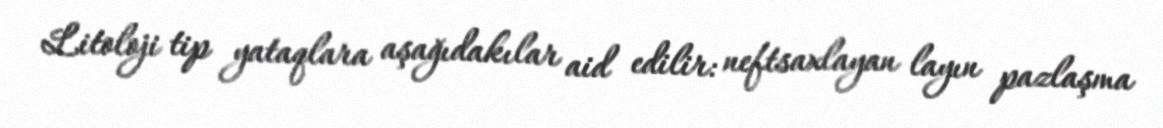
Litoloji tip yataqlara aşağıdakılar aid edilir: neftsaxlayan layın pazlaşma